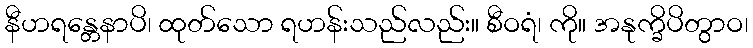
နီဟရန္တေနာပိ၊ ထုတ်သော ရဟန်းသည်လည်း။ စီဝရံ၊ ကို။ အနုက္ခိပိတွာဝ၊